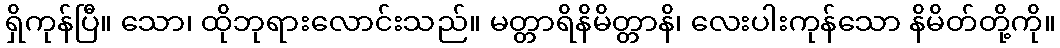
ရှိကုန်ပြီ။ သော၊ ထိုဘုရားလောင်းသည်။ မတ္တာရိနိမိတ္တာနိ၊ လေးပါးကုန်သော နိမိတ်တို့ကို။